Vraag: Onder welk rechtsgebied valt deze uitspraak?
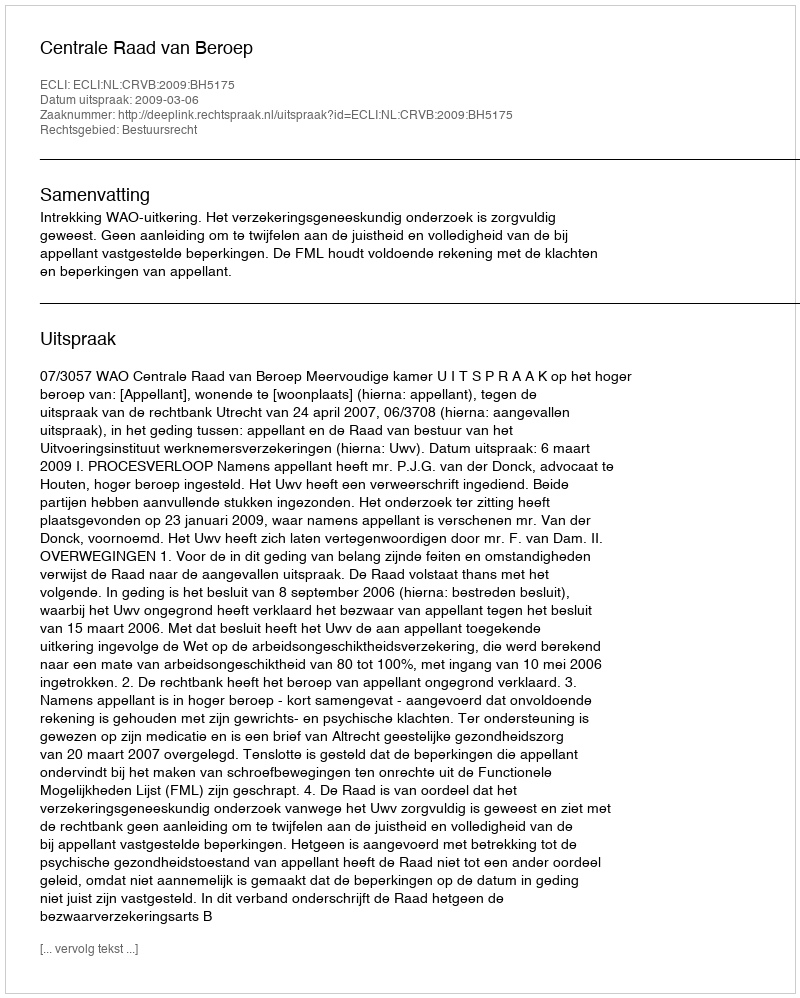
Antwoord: Bestuursrecht